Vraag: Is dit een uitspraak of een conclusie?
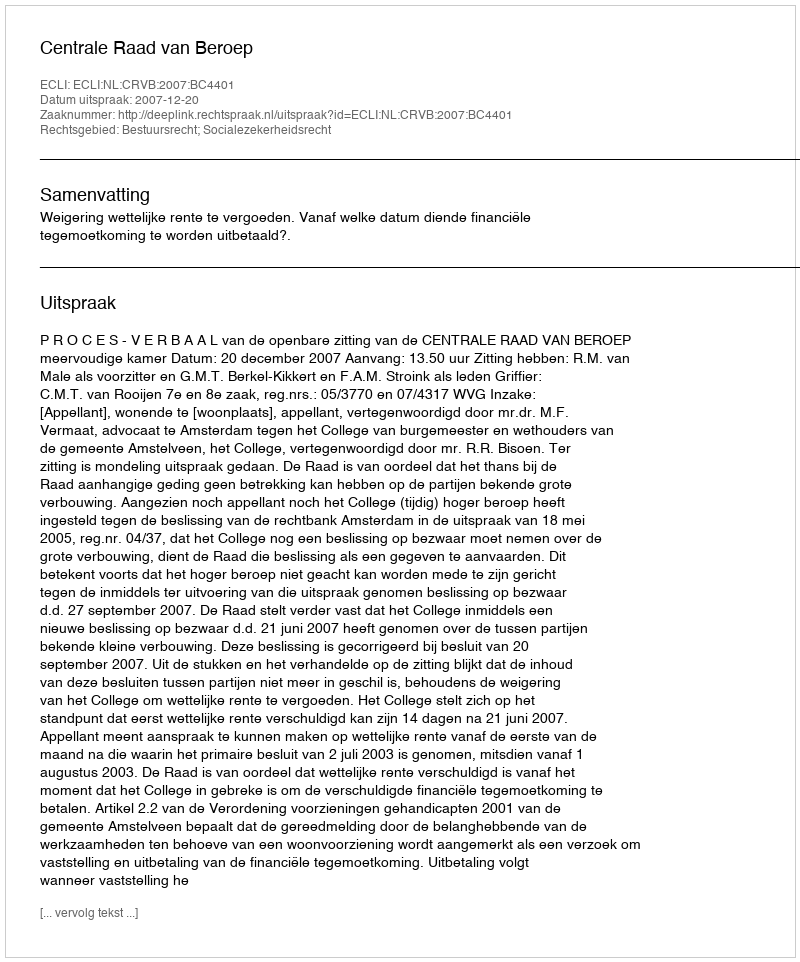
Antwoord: Uitspraak